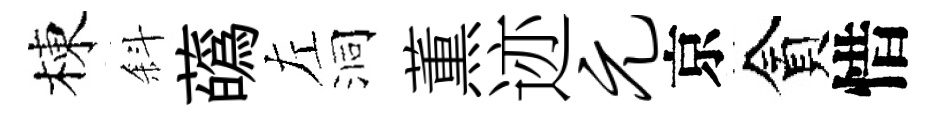
棟斜蘤左洞薫迹元京貪惜